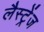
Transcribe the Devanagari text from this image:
लैस्ट्रेंज